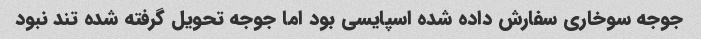
جوجه سوخاری سفارش داده شده اسپایسی بود اما جوجه تحویل گرفته شده تند نبود